Senior Leaving Certificate Examination (including Day School Certificate (Higher) General paper), 1947
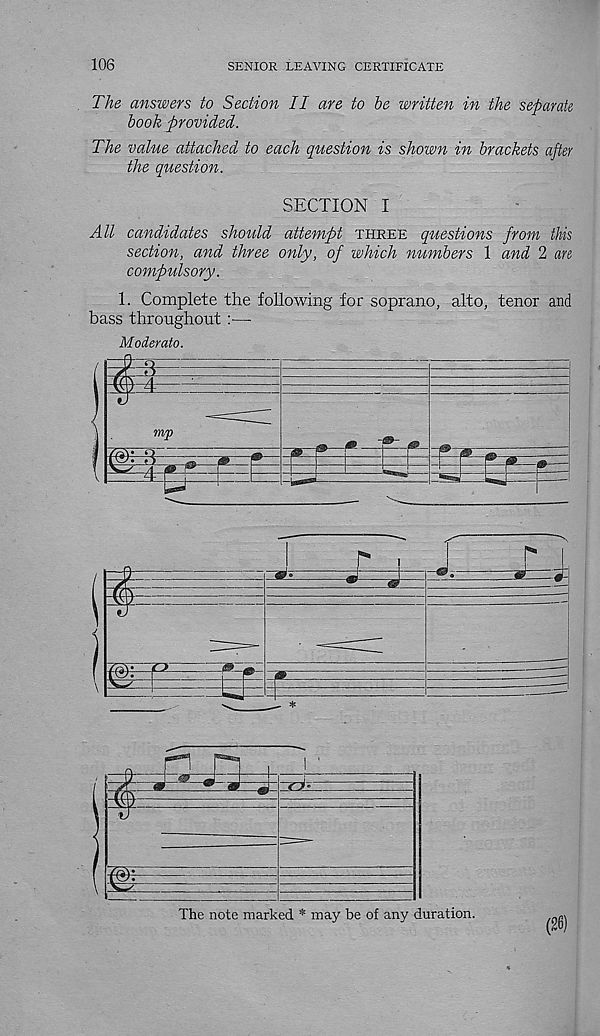
106
SENIOR LEAVING CERTIFICATE
The answers to Section II are to be written in the separate
book provided.
The value attached to each question is shown in brackets after
the question.
SECTION I
All candidates should attempt three questions from this
section, and three only, of which numbers 1 and 2 are
compulsory.
1. Complete the following for soprano, alto, tenor and
bass throughout
•
Moderate.